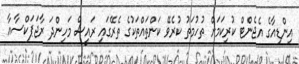
އިންޑިއާގެ އެޖެންޓް ކުރިކަމަށް ތުހުމަތު ކުރެވޭ ކަންތައްތަކުގެ ތެރޭގައި ރައީސް މަހިންދަ ރާޖަޕަކްސާއާ